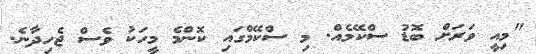
"މިއީ ވަރަށް ބޮޑު ސްކޭމެއް. މި ސްކޭމްގައި ކޮންމެ މީހަކު ވެސް ޖެހިދާނެ.